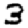
Digit: 3